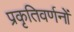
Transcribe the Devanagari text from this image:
प्रकृतिवर्णनों